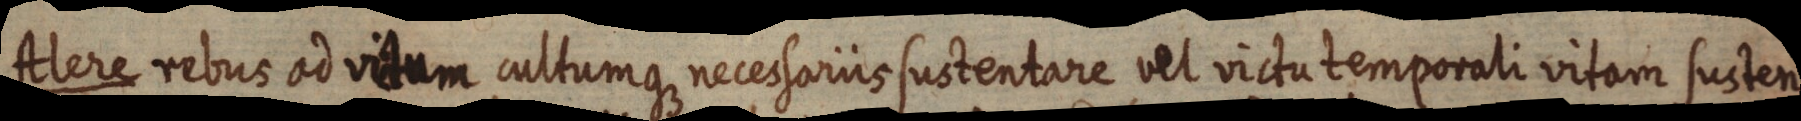
Alere rebus ad vitum cultumque necessariis sustentare vel victu temporali vitam susten